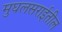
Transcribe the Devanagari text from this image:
मुघलसराईतील